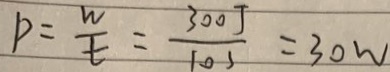
p = \frac { w } { t } = \frac { 3 0 0 J } { 1 0 s } = 3 0 W